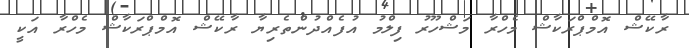
ރާކޭޝް އޮމްޕްރަކާޝް މެހްރާ މަޝްހޫރު ފިލްމު އުފެއްދުންތެރިޔާ ރާކޭޝް އޮމްޕްރަކާޝް މެހްރާ އަކީ